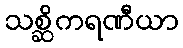
သစ္ဆိကရဏီယာ